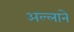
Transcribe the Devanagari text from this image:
अल्लाने